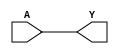
`timescale 1ns / 1ps

module BUF(A, Y);
input A;
output Y;
assign Y = A;
   specify
     // delay parameters
     specparam
       tpdh = 0.13,
       tpdl = 0.15;
     // path delays
     (A *> Y) = ( tpdl , tpdh);
   endspecify
endmodule



module BUFX2 (A, Y);
input  A ;
output Y ;
   buf (Y, A);
   specify
     // delay parameters
     specparam
       tpdh = 0.13,
       tpdl = 0.15;
     // path delays
     (A *> Y) = ( tpdl , tpdh);
   endspecify
endmodule

module NOT(Y,A);
input A;
output Y;
    assign Y = ~A;
    specify
     // delay parameters
     //Hoja de fabricante DM74LS04
     specparam
       tpdh = 4,
       tpdl = 4;
     // path delays
     (A *> Y) = ( tpdl , tpdh);
   endspecify
endmodule

module NAND(Y,A,B);
input A,B;
output Y;
    assign Y= ~(A & B);
    specify
     // delay parameters
     //hoja de fabricante 74HC2G00
     specparam
       tpdh = 7,
       tpdl = 7;
     // path delays
     (A *> Y) = ( tpdl , tpdh);
     (B *> Y) = ( tpdl , tpdh);
   endspecify
endmodule

module NAND3(Y,A,B,C);
input A,B,C;
output Y;
    assign Y= ~(A & B & C);
    specify
     // delay parameters
     //Hoja del fabricante DM74LS10
     specparam
       tpdh = 4,
       tpdl = 4;
     // path delays
     (A *> Y) = ( tpdl , tpdh);
     (B *> Y) = ( tpdl , tpdh);
     (C *> Y) = ( tpdl , tpdh);
   endspecify
endmodule

module NOR(Y,A,B);
input A,B;
output Y;
    assign Y= ~(A | B);
    specify
     // delay parameters
     //Hoja de fabricante SN74AHC1G02-EP
     specparam
       tpdh = 5.1,
       tpdl = 5.1;
     // path delays
     (A *> Y) = ( tpdl , tpdh);
     (B *> Y) = ( tpdl , tpdh);
   endspecify
endmodule

module NOR3(Y,A,B,C);
input A,B,C;
output Y;
    assign Y= ~(A | B | C);
    specify
     // delay parameters
     //Hoja de fabricante DM74LS27
     specparam
       tpdh = 5,
       tpdl = 4;
     // path delays
     (A *> Y) = ( tpdl , tpdh);
     (B *> Y) = ( tpdl , tpdh);
     (C *> Y) = ( tpdl , tpdh);
   endspecify
endmodule

module DFF(C, D, Q);
input C, D;
output reg Q;
always @(posedge C)
	Q <= D;
    specify
     // delay parameters
     //Hoja del fabricante NL17SZ74
     specparam
       tpdh = 2.6,
       tpdl = 2.6,
       tsetup = 1.5,
       thold = 0.5;
     // path delays
     (C *> Q) = ( tpdl , tpdh);
     (D *> Q) = (thold, tsetup);
   endspecify
endmodule